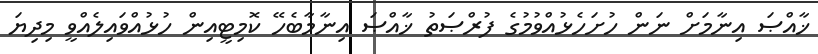
ޚާއްޞަ އިނާމަށް ނަން ހުށަހެޅުއްވުމުގެ ފުރްޞަތު ޚާއްޞަ އިނާމާބެހޭ ކޮމިޓީއިން ހުޅުއްވައިލެއްވީ މިދިޔަ